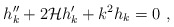
\begin{align*}h_k^{\prime\prime} + 2{\cal H}h_k'+k^2h_k =0 \ ,\end{align*}